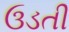
ઉડતી